Civil Veterinary Department Bihar reports 1936-40 - 1936-1940
Year: 1936
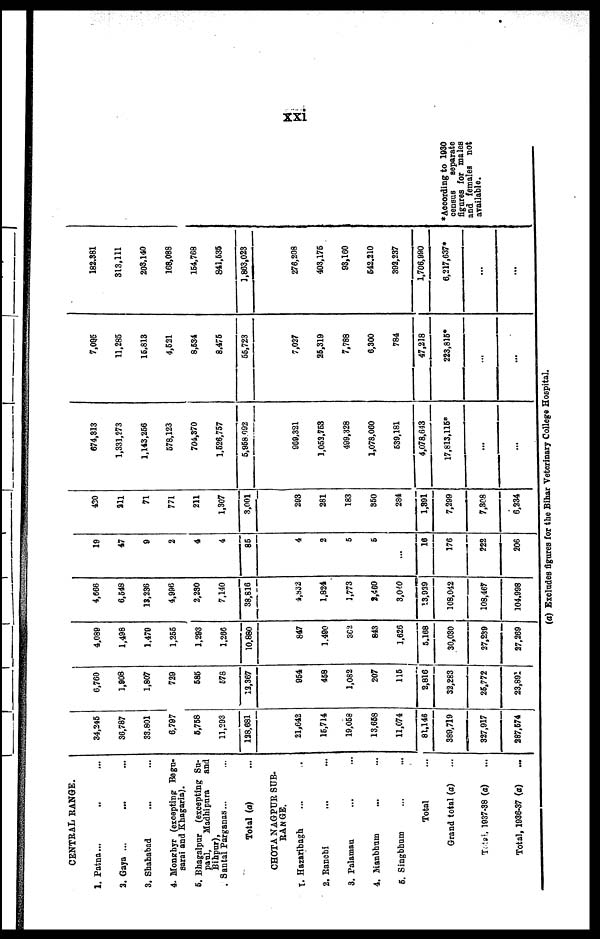
xxi
CENTRAL RANGE.
1. Patna... .. ...
2. Gaya ... ... ...
3. Shahabad ... ...
4. Monghyr (excepting Begu-
sarai and Khagaria).
5. Bhagalpur (excepting Su-
paul, Madhipura and
Bihapur),
Santal Parganas ... ...
Total (a) ...
CHOTA NAGPUR SUB-
RANGE.
1. Hazaribagh ... .
2. Ranchi ... ...
3. Palamau ... ...
4. Manbhum ... ...
5. Singbhum ... ...
Total ...
Grand total (a) ...
Total, 1937-38 (a) ...
Total, 1936-37 (a)
...
34,245
36,787
33,801
6,797
5,758
11,293
128,681
21,042
15,714
19,058
13,658
11,074
81,146
389,719
327,917
287,574
6,760
1,908
1,807
729
585
578
12,367
954
458
1,082
207
116
2,816
32,283
25,772
23,891
4,089
1,498
1,479
1,255
1,293
1,266
10,880
847
1,490
302
843
1,626
5,168
30,030
27,239
27,269
4,666
6,548
18,236
4,996
2,230
7,140
38,816
4,832
1,824
1,773
2,460
3.040
13,939
108,042
108,467
104,998
19
47
9
2
4
4
85
4
2
5
6
...
16
176
222
206
430
211
71
771
211
1,307
3,001
293
281
183
360
284
1,391
7,299
7,808
6,234
674,313
1,331,273
1,143,256
578,123
704,370
1,526,757
5,958 092
909,321
1,053,753
499,328
1,078,060
639,181
4,078,643
17,813,115*
...
...
7,096
11,285
15,813
4,531
8,534
8,475
55,723
7,027
25,319
7,788
6,300
784
47,218
223,815*
...
...
182,381
313,111
203,140
168,088
154,768
841,535
1,863,023
276,208
403,175
93,160
642.210
392,237
1,706,990
6,217,637*
...
...
*According to 1930
census
separate
figures for males
and females not
available.
(a) Excludes figures for the Bihar Veterinary College Hospital.